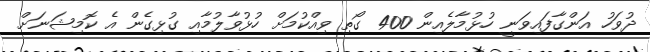
ދުވަހު އަންގާފައިވަނީ ހުޅުމާލެއިން 400 ގޯތި ވިއްކުމަށް ހުޅުވާލުމާއި ގުޅިގެން އެ ކޮމިޝަނަށް